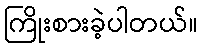
ကြိုးစားခဲ့ပါတယ်။